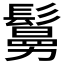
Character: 𩮺